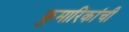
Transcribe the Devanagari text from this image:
कुमारिकांची